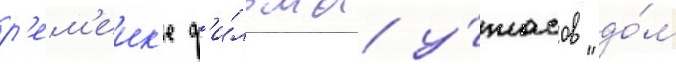
р'ем'еик'е ф'и́льма у́жасов "до́м